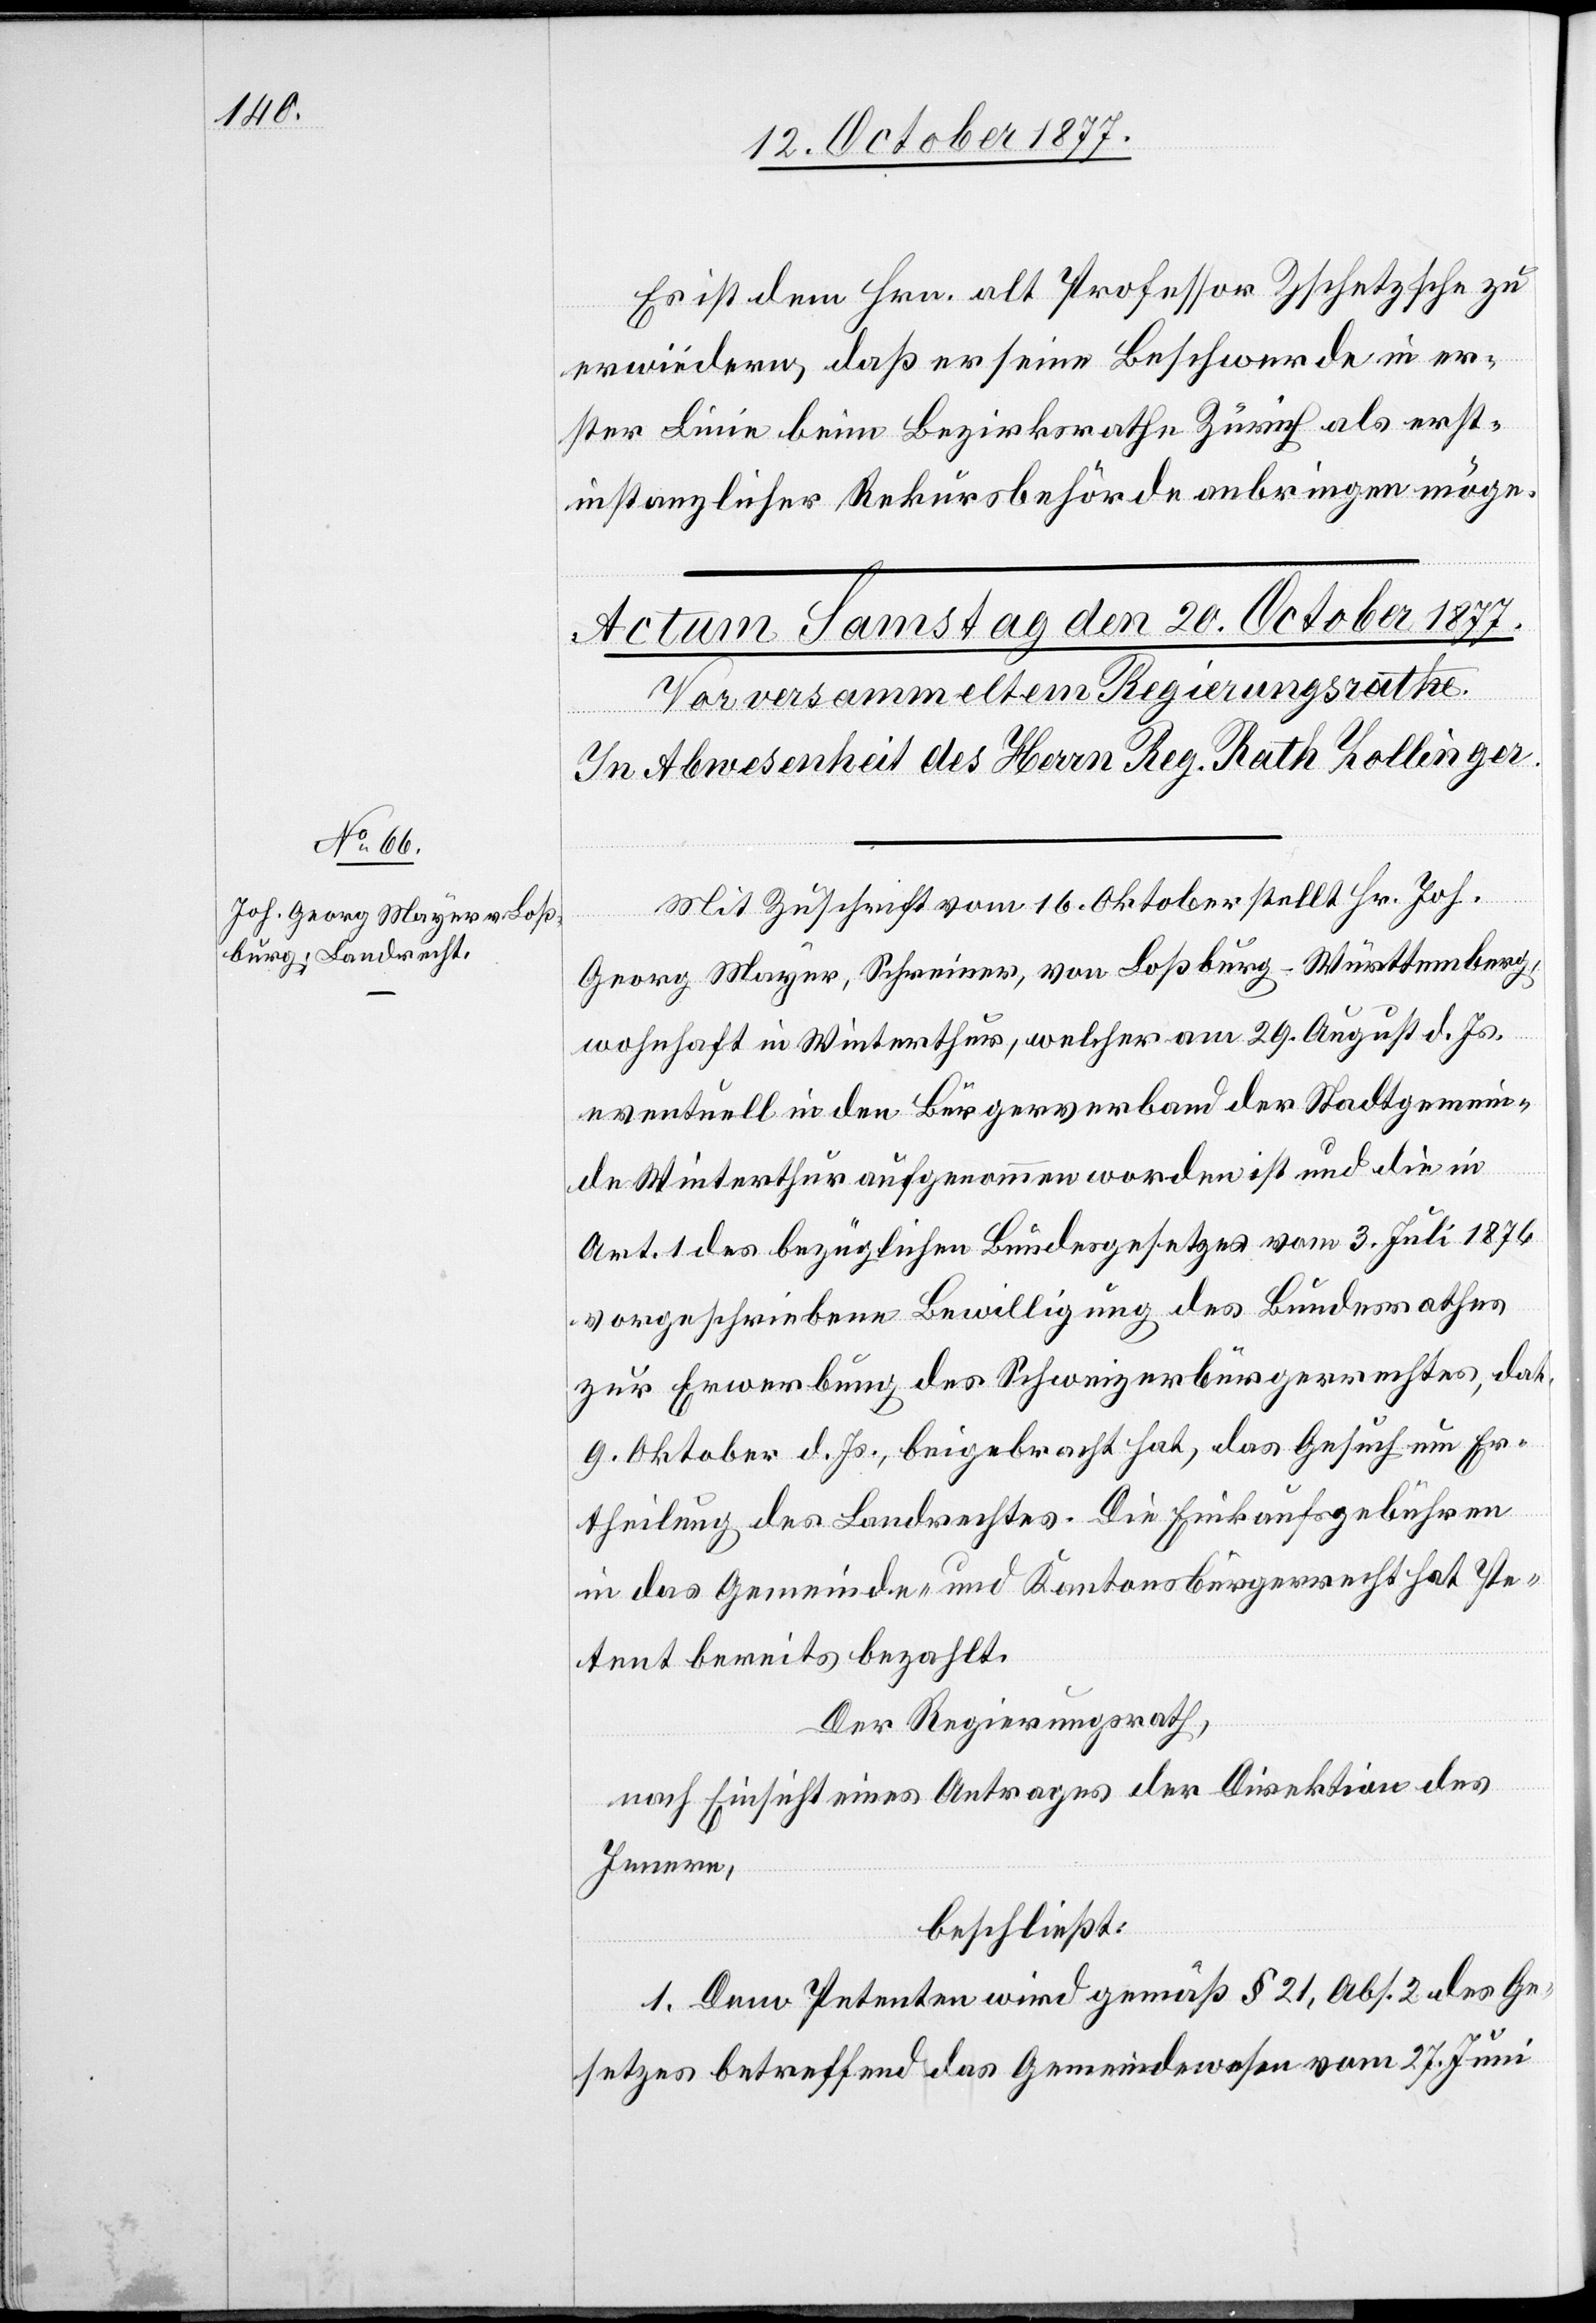
Es ist dem Hrn. alt Professor Zschetzsche zu
erwiedern, daß er seine Beschwerde in er¬
ster Linie beim Bezirksrathe Zürich als erst¬
instanzlicher Rekursbehörde anbringen möge.
Mit Zuschrift vom 16. Oktober stellt Hr. Joh.
Georg Mayer, Schreiner, von Loßburg - Württemberg,
wohnhaft in Winterthur, welcher am 29. August d. Js.
eventuell in den Bürgerverband der Stadtgemein¬
de Winterthur aufgenommen worden ist und die in
Art. 1 des bezüglichen Bundesgesetzes vom 3. Juli 1876
vorgeschriebene Bewilligung des Bundesrathes
zur Erwerbung des Schweizerbürgerrechtes, dat.
9. Oktober d. Js., beigebracht hat, das Gesuch um Er¬
theilung des Landrechtes. Die Einkaufsgebühren
in das Gemeinde- und Kantonsbürgerrecht hat Pe¬
tent bereits bezahlt.
Der Regierungsrath,
nach Einsicht eines Antrages der Direktion des
Innern,
beschließt:
1. Dem Petenten wird gemäß § 21, Abs. 2 des Ge¬
setzes betreffend das Gemeindewesen vom 27. Juni